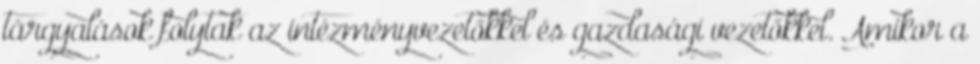
tárgyalások folytak az intézményvezetőkkel és gazdasági vezetőkkel. Amikor a